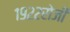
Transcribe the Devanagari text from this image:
१९२२रोजी